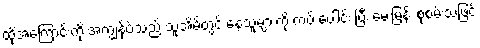
ထိုအကြောင်းကို အကျွန်ုပ်သည် သူ့အိမ်တွင် နေသူများကို ကပ် ပေါင်း ပြီး မေးမြန်း စုံစမ်းသဖြင့်